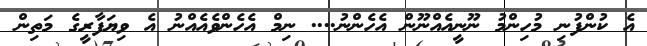
އެ ކުންފުނި މުހިންމު ނޫނީއެއްނޫން އެހެންނު.... ނިމް އެހެންވެއެއްނު އެ ވިޔަފާރީގެ މަތިން